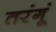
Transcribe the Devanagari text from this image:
तरंगूं